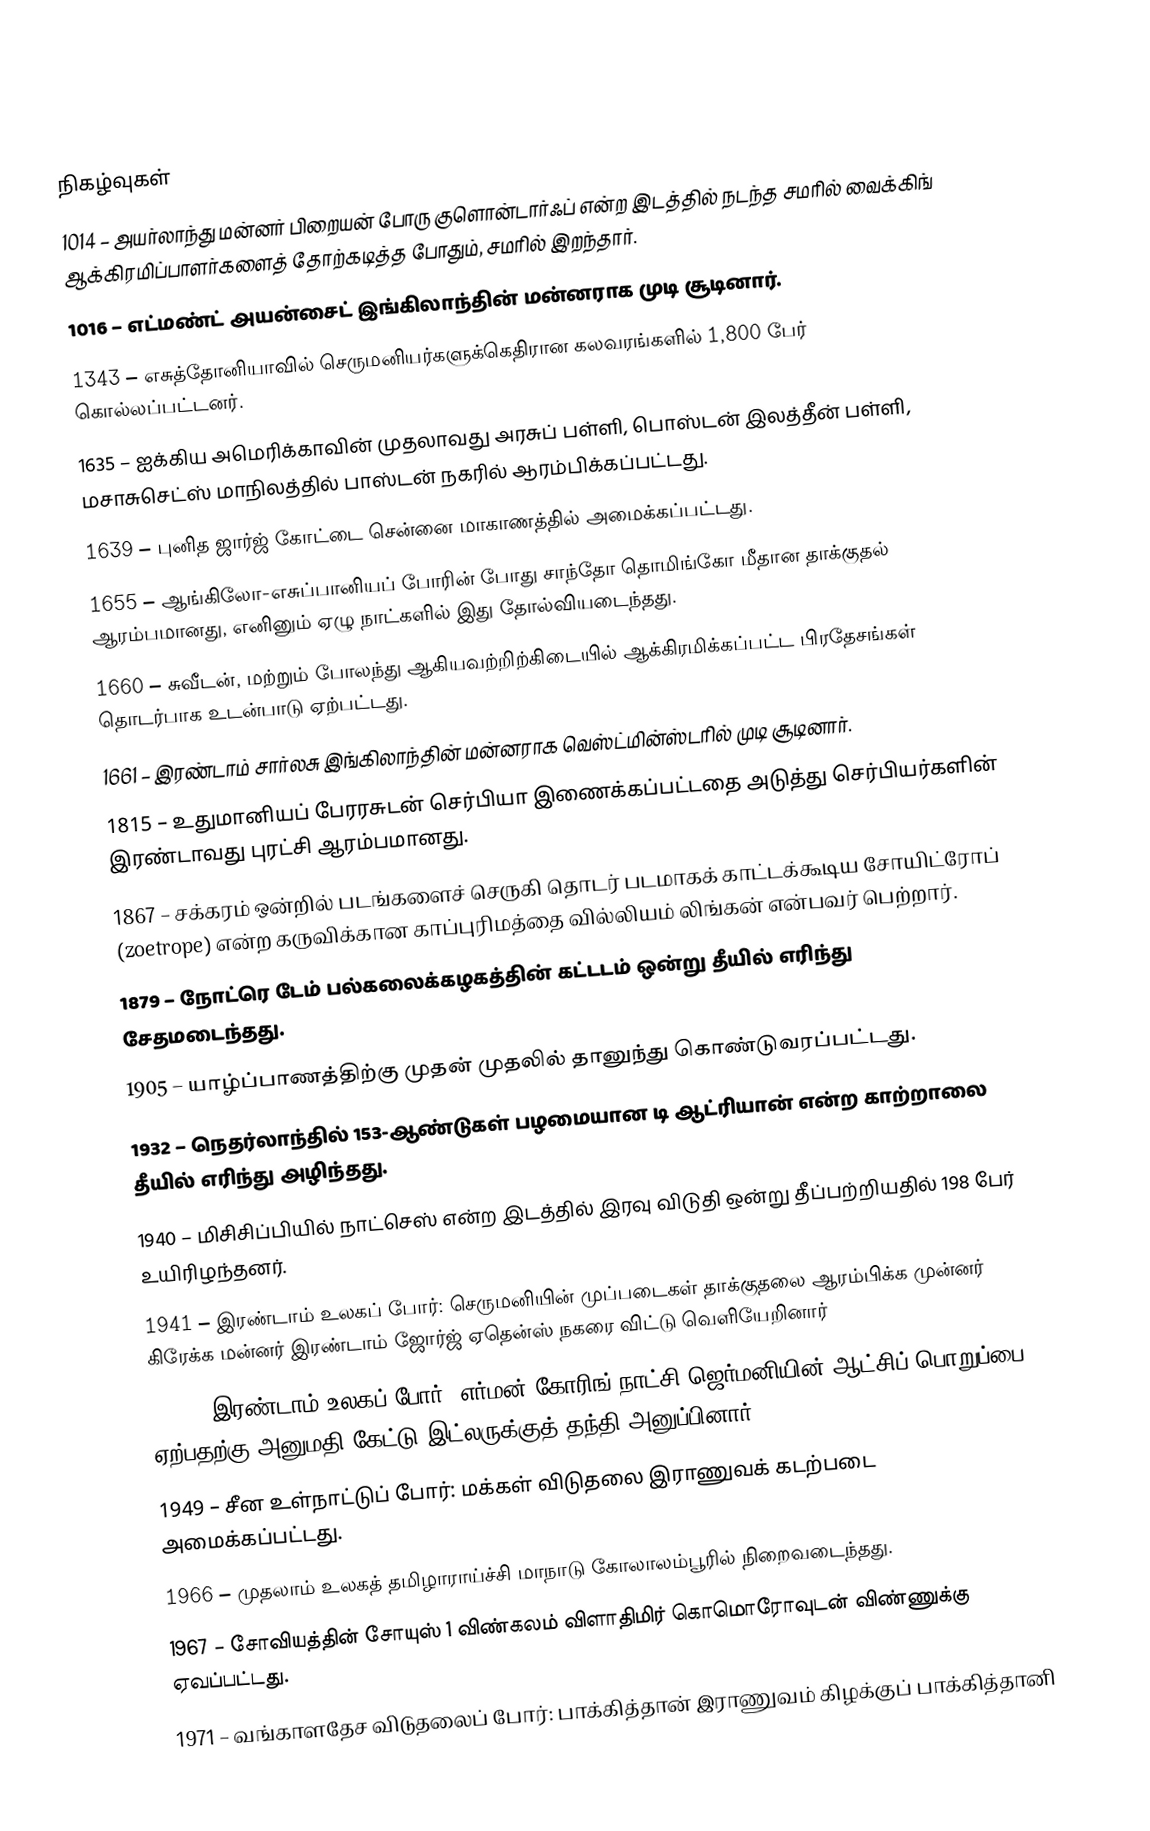

நிகழ்வுகள்
1014 – அயர்லாந்து மன்னர் பிறையன் போரு குளொன்டார்ஃப் என்ற இடத்தில் நடந்த சமரில் வைக்கிங் ஆக்கிரமிப்பாளர்களைத் தோற்கடித்த போதும், சமரில் இறந்தார்.
1016 – எட்மண்ட் அயன்சைட் இங்கிலாந்தின் மன்னராக முடி சூடினார்.
1343 – எசுத்தோனியாவில் செருமனியர்களுக்கெதிரான கலவரங்களில் 1,800 பேர் கொல்லப்பட்டனர்.
1635 – ஐக்கிய அமெரிக்காவின் முதலாவது அரசுப் பள்ளி, பொஸ்டன் இலத்தீன் பள்ளி, மசாசுசெட்ஸ் மாநிலத்தில் பாஸ்டன் நகரில் ஆரம்பிக்கப்பட்டது.
1639 – புனித ஜார்ஜ் கோட்டை சென்னை மாகாணத்தில் அமைக்கப்பட்டது.
1655 – ஆங்கிலோ-எசுப்பானியப் போரின் போது சாந்தோ தொமிங்கோ மீதான தாக்குதல் ஆரம்பமானது, எனினும் ஏழு நாட்களில் இது தோல்வியடைந்தது.
1660 – சுவீடன், மற்றும் போலந்து ஆகியவற்றிற்கிடையில் ஆக்கிரமிக்கப்பட்ட பிரதேசங்கள் தொடர்பாக உடன்பாடு ஏற்பட்டது.
1661 – இரண்டாம் சார்லசு இங்கிலாந்தின் மன்னராக வெஸ்ட்மின்ஸ்டரில் முடி சூடினார்.
1815 – உதுமானியப் பேரரசுடன் செர்பியா இணைக்கப்பட்டதை அடுத்து செர்பியர்களின் இரண்டாவது புரட்சி ஆரம்பமானது.
1867 – சக்கரம் ஒன்றில் படங்களைச் செருகி தொடர் படமாகக் காட்டக்கூடிய சோயிட்ரோப் (zoetrope) என்ற கருவிக்கான காப்புரிமத்தை வில்லியம் லிங்கன் என்பவர் பெற்றார்.
1879 – நோட்ரெ டேம் பல்கலைக்கழகத்தின் கட்டடம் ஒன்று தீயில் எரிந்து சேதமடைந்தது.
1905 – யாழ்ப்பாணத்திற்கு முதன் முதலில் தானுந்து கொண்டுவரப்பட்டது.
1932 – நெதர்லாந்தில் 153-ஆண்டுகள் பழமையான டி ஆட்ரியான் என்ற காற்றாலை தீயில் எரிந்து அழிந்தது.
1940 – மிசிசிப்பியில் நாட்செஸ் என்ற இடத்தில் இரவு விடுதி ஒன்று தீப்பற்றியதில் 198 பேர் உயிரிழந்தனர்.
1941 – இரண்டாம் உலகப் போர்: செருமனியின் முப்படைகள் தாக்குதலை ஆரம்பிக்க முன்னர் கிரேக்க மன்னர் இரண்டாம் ஜோர்ஜ் ஏதென்ஸ் நகரை விட்டு வெளியேறினார்
1945 – இரண்டாம் உலகப் போர்: எர்மன் கோரிங் நாட்சி ஜெர்மனியின் ஆட்சிப் பொறுப்பை ஏற்பதற்கு அனுமதி கேட்டு இட்லருக்குத் தந்தி அனுப்பினார்.
1949 – சீன உள்நாட்டுப் போர்: மக்கள் விடுதலை இராணுவக் கடற்படை அமைக்கப்பட்டது.
1966 – முதலாம் உலகத் தமிழாராய்ச்சி மாநாடு கோலாலம்பூரில் நிறைவடைந்தது.
1967 – சோவியத்தின் சோயுஸ் 1 விண்கலம் விளாதிமிர் கொமொரோவுடன் விண்ணுக்கு ஏவப்பட்டது.
1971 – வங்காளதேச விடுதலைப் போர்: பாக்கித்தான் இராணுவம் கிழக்குப் பாக்கித்தானி